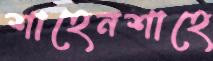
শাহেনশাহে